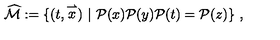
\widehat { { \mathcal { M } } } : = \{ ( t , \stackrel { \rightharpoonup } { x } ) \ | \ { \mathcal { P } } ( x ) { \mathcal { P } } ( y ) { \mathcal { P } } ( t ) = { \mathcal { P } } ( z ) \} \ ,